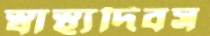
স্বাস্থ্যদিবস